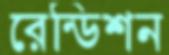
রেন্ডিশন